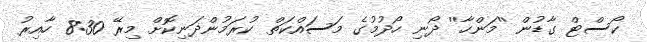
ކޯސްޓް ގާޑުން ''މަންހާ'' ދޯނި ހޯދުމުގެ މަސައްކަތް ކުރަމުންދަނިކޮށް މިރޭ 8:30 ހާއިރު